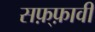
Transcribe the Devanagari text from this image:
सफ़्फ़ावी